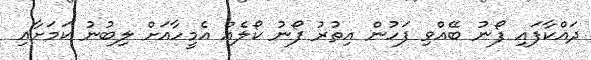
ދައްކާފައި ފޯނު ބޭއްވި ފަހުން އިތުރު ފޯނު ކޯލެއް އެމީހާއަށް ލިބުނު ކަމަށާއި